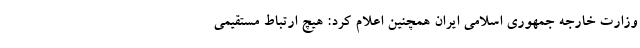
وزارت خارجه جمهوری اسلامی ایران همچنین اعلام کرد: هیچ ارتباط مستقیمی